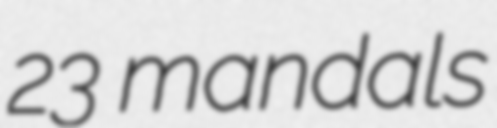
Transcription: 23 mandals